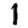
Digit: 1